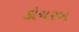
કોચરબ